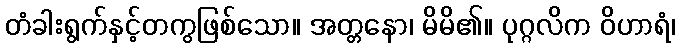
တံခါးရွက်နှင့်တကွဖြစ်သော။ အတ္တနော၊ မိမိ၏။ ပုဂ္ဂလိက ဝိဟာရံ၊